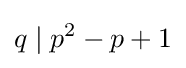
q\mid p^{2}-p+1